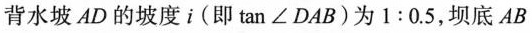
背水坡AD的坡度i(即tan∠DAB)为1:0.5，坝底$$A B